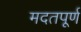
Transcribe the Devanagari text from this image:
मदतपूर्ण